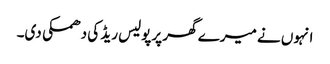
انہوں نے میرے گھر پرپولیس ریڈ کی دھمکی دی۔